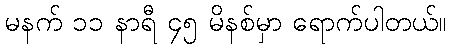
မနက် ၁၁ နာရီ ၄၅ မိနစ်မှာ ရောက်ပါတယ်။